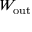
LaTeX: W _ { \mathrm { { o u t } } }